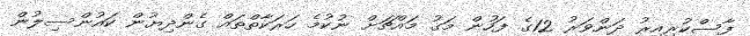
ފާސްކުރިއިރު ދަންވަރު 12ގެ ފަހުން މަގު މައްޗަށް ނުކުމެ ހަރަކާތްތައް ގެންދިޔުން ކައުންސިލުން